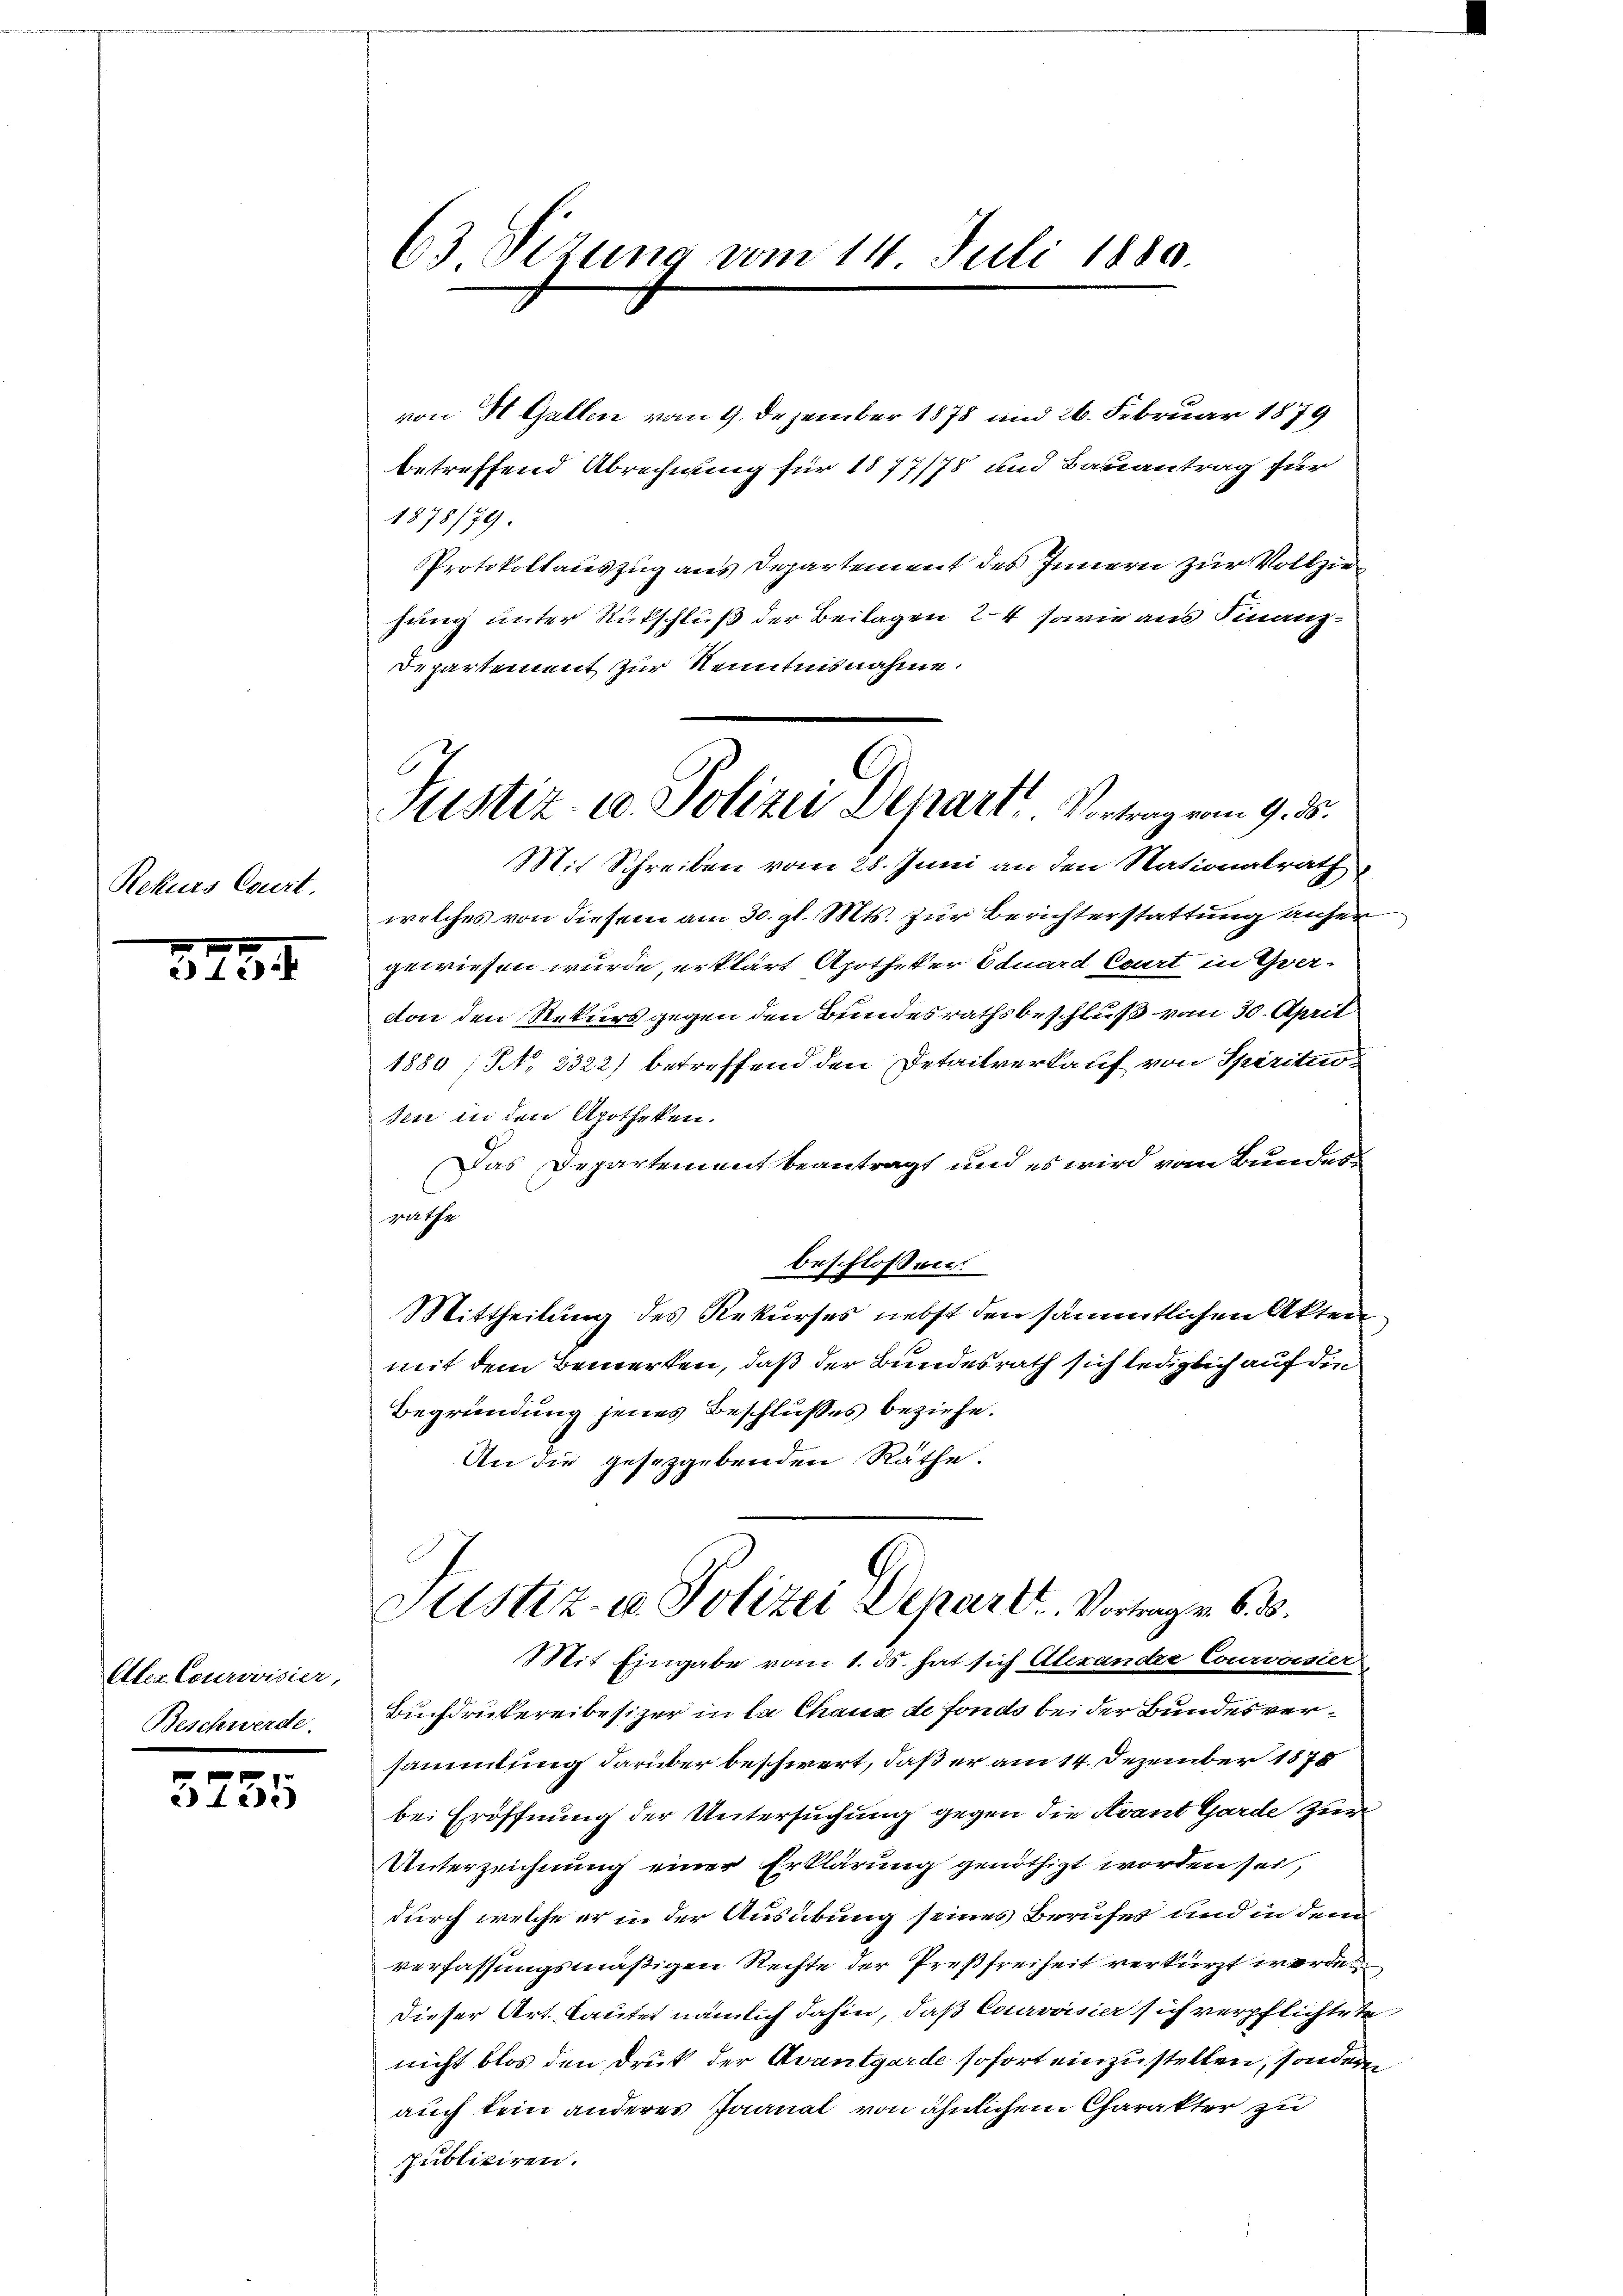
Rekurs Court.

3235.

Aler. Courovisier,
Beschwerde.

.
2 f 200

63 Vizung vom 14. Juli 1880.

von St. Gallen vom 9. Dezember 1875 und 26. Februar 1879
betreffend Abrechnung für 1877/78 und Bauantrag für
1878/79
Protokollauszug aus Departement des Innern zur Vollziehung unter Rückschluß der Beilagen 24 sowie aus Finanz¬
Departement zur Kenntnisnahme.
Mit Schreiben vom 28. Juni an den Nationalrath
welches von diesem am 30. gl. Mts. zur Berichterstattung anher
gewiesen wurde, erklärt Apotheker Eduard Court in Yvervon den Rekurs gegen den Bundesrathsbeschluß vom 30. April
1884 /NNNo. 2322) betreffend den Detailverkauf von Spirituo-
sen in den Apotheken.
Das Departement beantragt und es wird vom Bundesger Ehe
beschlossen
Mittheilung des Rekurses nebst den sämmtlichen Akten
mit dem Bewerken, daß der Bundesrath sich lediglich auf die
Begründung jenes Beschlußes beziehe.
An die gesetzgebenden Räthe.
Justiz- u. Polizei Departe Vortragen 6. 30.
Mit Eingabe vom 1. ds. hat sich Alexande Courvoisier,
Buchdruckereibesizer in la Chaux de fonds bei der Bundesversammlung darüber beschwert, daß er am 14. Dezember 1878
bei Eröffnung der Untersuchung gegen die Avant Garde zur
Unterzeichnung einer Erklärung genöthigt worden sei,
durch welche er in der Ausübung seines Berufes und in dem
verfassungsmäßigen Rechte der Preßfreiheit verkürzt werde
Dieser Art. Lautet nämlich dahin, daß Courvoisier sich verpflichtete
nicht blos den Druk der Avantgarde sofort einzustellen, sondern
auch kein anderes Jaanat von ähnlichem Charakter zu
publiciren.

E
Justiz- u. Polizei Depart. Vortrag vom 9. ds.